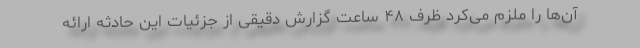
آن‌ها را ملزم می‌کرد ظرف ۴۸ ساعت گزارش دقیقی از جزئیات این حادثه ارائه